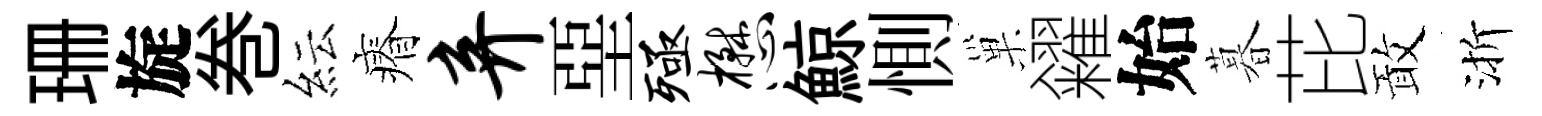
珊旋巻紜瘠弃堊殛懋鯨惻巢糴始暮芘敢渐